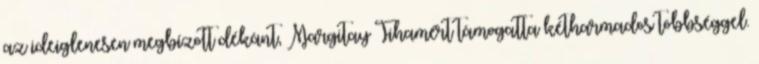
az ideiglenesen megbízott dékánt, Margitay Tihamért támogatta kétharmados többséggel.